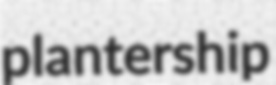
plantership